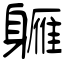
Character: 軅